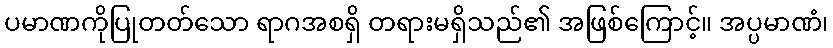
ပမာဏကိုပြုတတ်သော ရာဂအစရှိ တရားမရှိသည်၏ အဖြစ်ကြောင့်။ အပ္ပမာဏံ၊